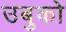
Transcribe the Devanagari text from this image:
उबुको